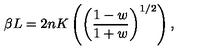
\beta L = 2 n K \left( \left( \frac { 1 - w } { 1 + w } \right) ^ { 1 / 2 } \right) ,